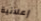
إعلانية